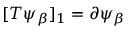
[ T \psi _ { \beta } ] _ { 1 } = \partial \psi _ { \beta }